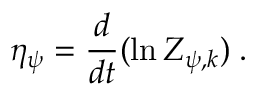
\eta _ { \psi } = \frac { d } { d t } ( \ln Z _ { \psi , k } ) \; .